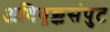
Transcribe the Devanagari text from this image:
अधिवृक्कसंपुट